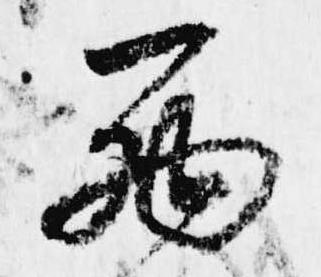
西